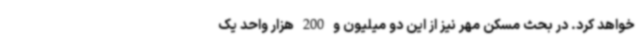
خواهد کرد. در بحث مسکن مهر نیز از این دو میلیون و 200 هزار واحد یک